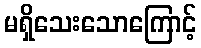
မရှိသေးသောကြောင့်